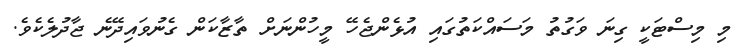
މި މިސްޓަކީ ގިނަ ވަގުތު މަސައްކަތުގައި އުޅެންޖެހޭ މީހުންނަށް ތާޒާކަން ގެނުވައިދޭނެ ޖާދުލެކެވެ.